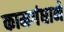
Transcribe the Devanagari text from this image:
कामगंधाने